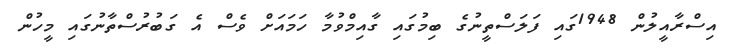
އިސްރާއީލުން 1948ގައި ފަލަސްތީނުގެ ބިމުގައި ގާއިމްވުމާ ހަމައަށް ވެސް އެ ގަބުރުސްތާނުގައި މީހުން